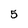
Character: 5